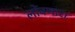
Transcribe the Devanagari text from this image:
लोंबणारा